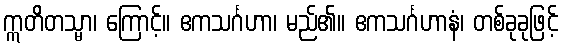
ဣတိတသ္မာ၊ ကြောင့်။ ဧကသင်္ဂဟာ၊ မည်၏။ ဧကသင်္ဂဟာနံ၊ တစ်ခုခုဖြင့်